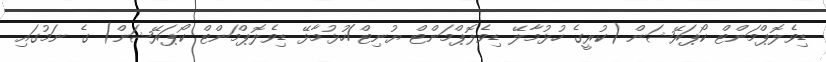
ޑިވެލޮޕްމަންޓް ކޯޕަރޭޝަން (ކުރީގެ ހުޅުމާާލޭ ޑިވެލޮޕްމަންޓް ޔުނިޓް/ހުޅުމާޅޭ ޑިވެލޮޕްމަންޓް ކޯޕަރޭޝަން) ގެ ނަމުގައި